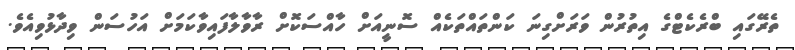
ތެރޭގައި ބްރެކެޓްގެ އިތުރުން ވަރަށްގިނަ ކަންތައްތަކެއް ސޮނީއަށް ހާއްސަކޮށް ރާވާލާފައިވާކަމަށް އަހުސަން ވިދާޅުވިއެވެ.